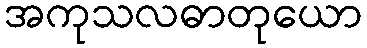
အကုသလဓာတုယော